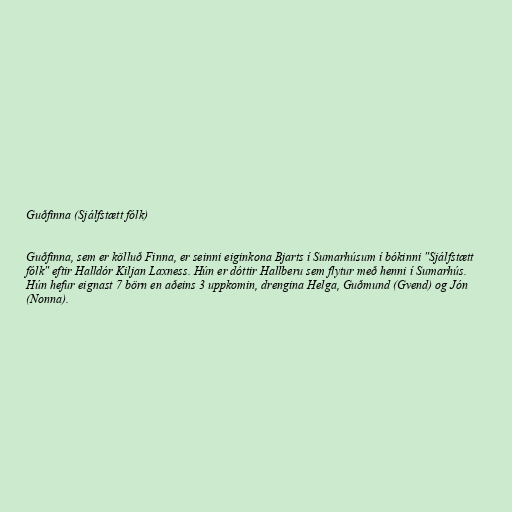
Guðfinna (Sjálfstætt fólk)

Guðfinna, sem er kölluð Finna, er seinni eiginkona Bjarts í Sumarhúsum í bókinni "Sjálfstætt
fólk" eftir Halldór Kiljan Laxness. Hún er dóttir Hallberu sem flytur með henni í Sumarhús.
Hún hefur eignast 7 börn en aðeins 3 uppkomin, drengina Helga, Guðmund (Gvend) og Jón
(Nonna).